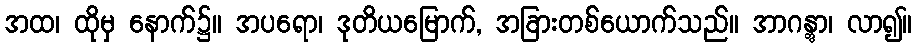
အထ၊ ထိုမှ နောက်၌။ အပရော၊ ဒုတိယမြောက်, အခြားတစ်ယောက်သည်။ အာဂန္တွာ၊ လာ၍။